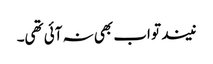
نیند تو اب بھی نہ آئی تھی۔